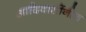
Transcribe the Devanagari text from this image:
आदिवासींनीच